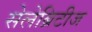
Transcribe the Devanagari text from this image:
सेलेब्रिटीज